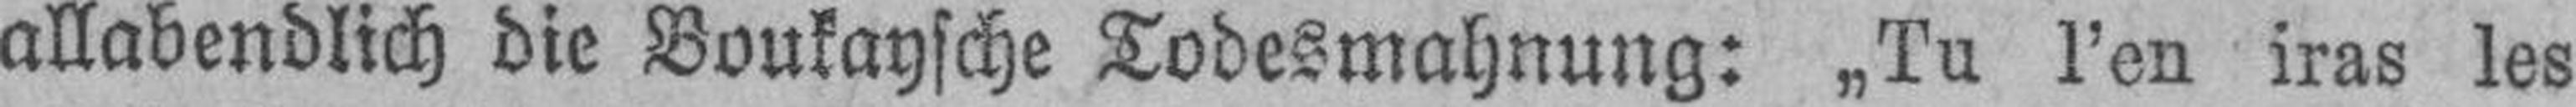
allabendlich die Boukaysche Todesmahnung: „Tu l’en iras les